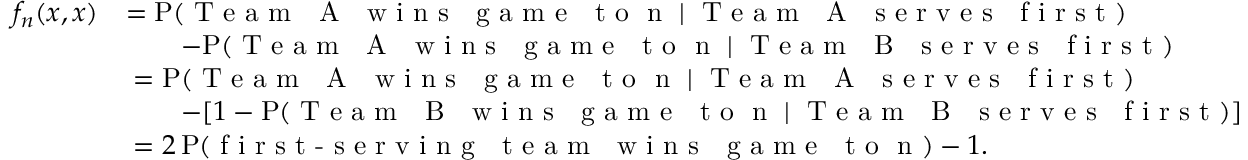
\begin{array} { r l } { f _ { n } ( x , x ) } & { = \mathrm { P } ( \mathrm { \textnormal { T e a m ~ A ~ w i n s ~ g a m e ~ t o } ~ n ~ } \mid \mathrm { \textnormal { T e a m ~ A ~ s e r v e s ~ f i r s t } } ) } \\ & { \qquad - \mathrm { P } ( \mathrm { \textnormal { T e a m ~ A ~ w i n s ~ g a m e ~ t o } ~ n ~ } \mid \mathrm { \textnormal { T e a m ~ B ~ s e r v e s ~ f i r s t } } ) } \\ & { \; = \mathrm { P } ( \mathrm { \textnormal { T e a m ~ A ~ w i n s ~ g a m e ~ t o } ~ n ~ } \mid \mathrm { \textnormal { T e a m ~ A ~ s e r v e s ~ f i r s t } } ) } \\ & { \qquad - [ 1 - \mathrm { P } ( \mathrm { \textnormal { T e a m ~ B ~ w i n s ~ g a m e ~ t o } ~ n ~ } \mid \mathrm { \textnormal { T e a m ~ B ~ s e r v e s ~ f i r s t } } ) ] } \\ & { \; = 2 \, \mathrm { P } ( \mathrm { \textnormal { f i r s t - s e r v i n g ~ t e a m ~ w i n s ~ g a m e ~ t o } ~ n ~ } ) - 1 . } \end{array}